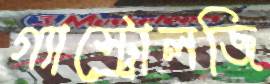
গ্যাস্ট্রোলজি